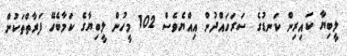
ލީބިޔާ ކައިރިން ކަނޑުގެ ސަރަހައްދުން އިއްޔެވެސް 102 މީހުން ލީބިޔާގެ ކަމާބެހޭ ފަރާތްތަކުން